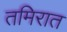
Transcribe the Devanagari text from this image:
तमिरात